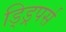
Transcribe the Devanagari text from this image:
ड्ड्रिपर्स